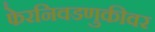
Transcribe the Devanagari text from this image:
फेरनिवडणुकीवर